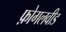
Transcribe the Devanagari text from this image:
फ़ोगलवीड